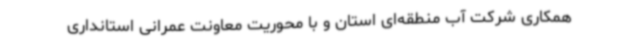
همکاری شرکت آب منطقه‌ای استان و با محوریت معاونت عمرانی استانداری